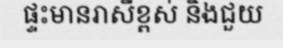
ផ្ទះមានរាសីខ្ពស់ និងជួយ